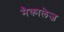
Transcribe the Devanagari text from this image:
मैकालेज